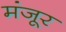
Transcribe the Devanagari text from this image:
मंंजूर